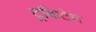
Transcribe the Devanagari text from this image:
ट्रकिटेन